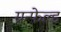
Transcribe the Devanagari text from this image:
ग्रन्फेल्ड